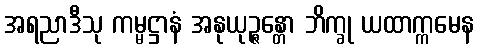
အရညာဒီသု ကမ္မဋ္ဌာနံ အနုယုဉ္ဇန္တော ဘိက္ခု ယထာက္ကမေန